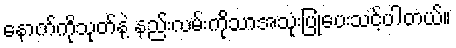
နောက်ကိုသုတ်နဲ့ နည်းလမ်းကိုသာအသုံးပြုပေးသင့်ပါတယ်။